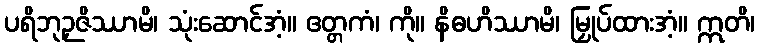
ပရိဘုဉှဇိဿာမိ၊ သုံးဆောင်အံ့။ ဧတ္တကံ၊ ကို။ နိဓဟိဿာမိ၊ မြှုပ်ထားအံ့။ ဣတိ၊